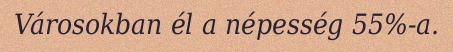
Városokban él a népesség 55%-a.